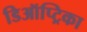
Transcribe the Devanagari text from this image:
डिऑप्ट्रिका